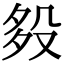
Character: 𣪈